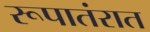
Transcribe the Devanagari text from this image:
रूपातंरात